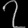
Digit: ၇